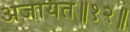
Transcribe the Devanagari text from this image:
अजायत॥१२॥